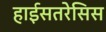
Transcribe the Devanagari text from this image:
हाईसतरेसिस